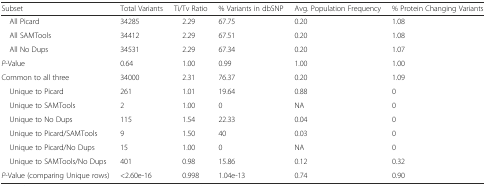
<table><thead><tr><td><b>Subset</b></td><td><b>Total Variants</b></td><td><b>Ti/Tv Ratio</b></td><td><b>% Variants in dbSNP</b></td><td><b>Avg. Population Frequency</b></td><td><b>% Protein Changing Variants</b></td></tr></thead><tbody><tr><td> All Picard</td><td>34285</td><td>2.29</td><td>67.75</td><td>0.20</td><td>1.08</td></tr><tr><td> All SAMTools</td><td>34412</td><td>2.29</td><td>67.51</td><td>0.20</td><td>1.08</td></tr><tr><td> All No Dups</td><td>34531</td><td>2.29</td><td>67.34</td><td>0.20</td><td>1.07</td></tr><tr><td><i>P</i>-Value</td><td>0.64</td><td>1.00</td><td>0.99</td><td>1.00</td><td>1.00</td></tr><tr><td>Common to all three</td><td>34000</td><td>2.31</td><td>76.37</td><td>0.20</td><td>1.09</td></tr><tr><td> Unique to Picard</td><td>261</td><td>1.01</td><td>19.64</td><td>0.88</td><td>0</td></tr><tr><td> Unique to SAMTools</td><td>2</td><td>1.00</td><td>0</td><td>NA</td><td>0</td></tr><tr><td> Unique to No Dups</td><td>115</td><td>1.54</td><td>22.33</td><td>0.04</td><td>0</td></tr><tr><td> Unique to Picard/SAMTools</td><td>9</td><td>1.50</td><td>40</td><td>0.03</td><td>0</td></tr><tr><td> Unique to Picard/No Dups</td><td>15</td><td>1.00</td><td>0</td><td>NA</td><td>0</td></tr><tr><td> Unique to SAMTools/No Dups</td><td>401</td><td>0.98</td><td>15.86</td><td>0.12</td><td>0.32</td></tr><tr><td><i>P</i>-Value (comparing Unique rows)</td><td>&lt;2.60e-16</td><td>0.998</td><td>1.04e-13</td><td>0.74</td><td>0.90</td></tr></tbody></table>